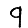
Digit: 9